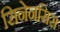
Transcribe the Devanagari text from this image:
सिनेनसिस